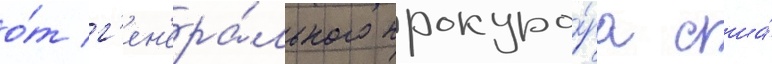
о́т г'ен'ера́льного прокуро́ра сша́